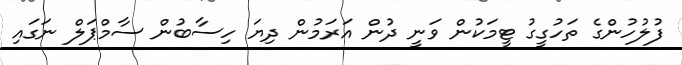
ފުލުހުންގެ ތަހުގީގު ޓީމަކުން ވަނީ ދުން އަރަމުން ދިޔަ ހިސާބުން ސާމްޕަލް ނަގައި